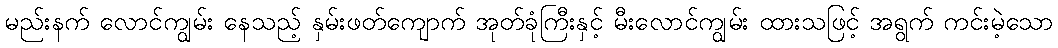
မည်းနက် လောင်ကျွမ်း နေသည့် နှမ်းဖတ်ကျောက် အုတ်ခုံကြီးနှင့် မီးလောင်ကျွမ်း ထားသဖြင့် အရွက် ကင်းမဲ့သော